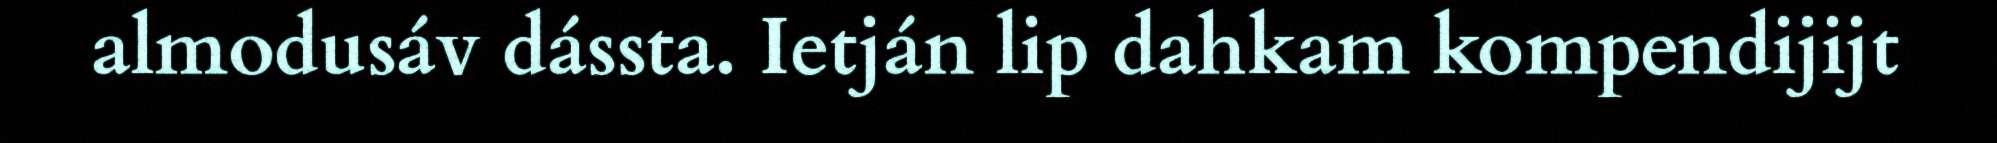
almodusáv dássta. Ietján lip dahkam kompendijijt